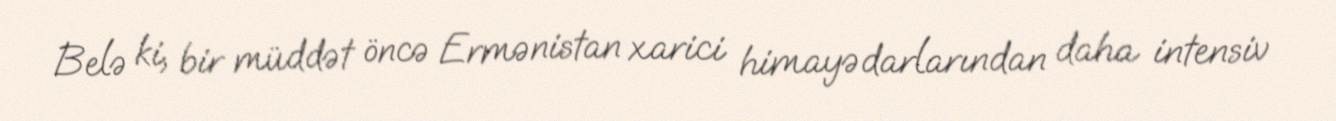
Belə ki, bir müddət öncə Ermənistan xarici himayədarlarından daha intensiv